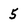
Character: 5